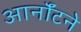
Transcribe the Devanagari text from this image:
आर्नॉटने